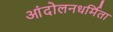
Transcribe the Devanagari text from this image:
आंदोलनधर्मिता